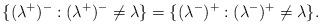
LaTeX: \begin{align*}\{(\lambda^{+})^-: (\lambda^{+})^-\neq \lambda\}=\{(\lambda^-)^+:(\lambda^-)^+\neq\lambda\}.\end{align*}